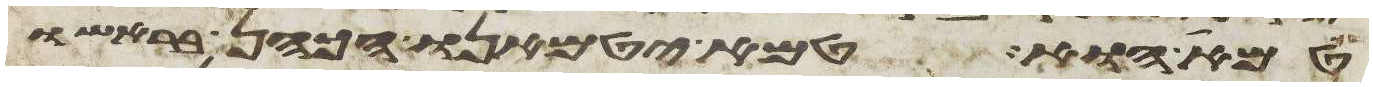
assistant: טמא הוא טמא יטמאנו הכהן בראשו